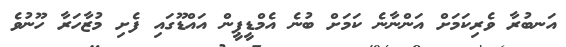
އަނބުރާ ވެރިކަމަށް އަންނާނެ ކަމަށް ބުނެ އެމްޑީޕީން އައްޑޫގައި ފެށި މުޒާހަރާ ހޫނުވެ